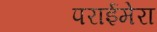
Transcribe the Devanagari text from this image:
पराईमेरा